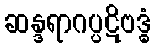
ဆန္ဒရာဂပ္ပဋိဗဒ္ဓံ